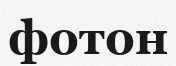
фотон